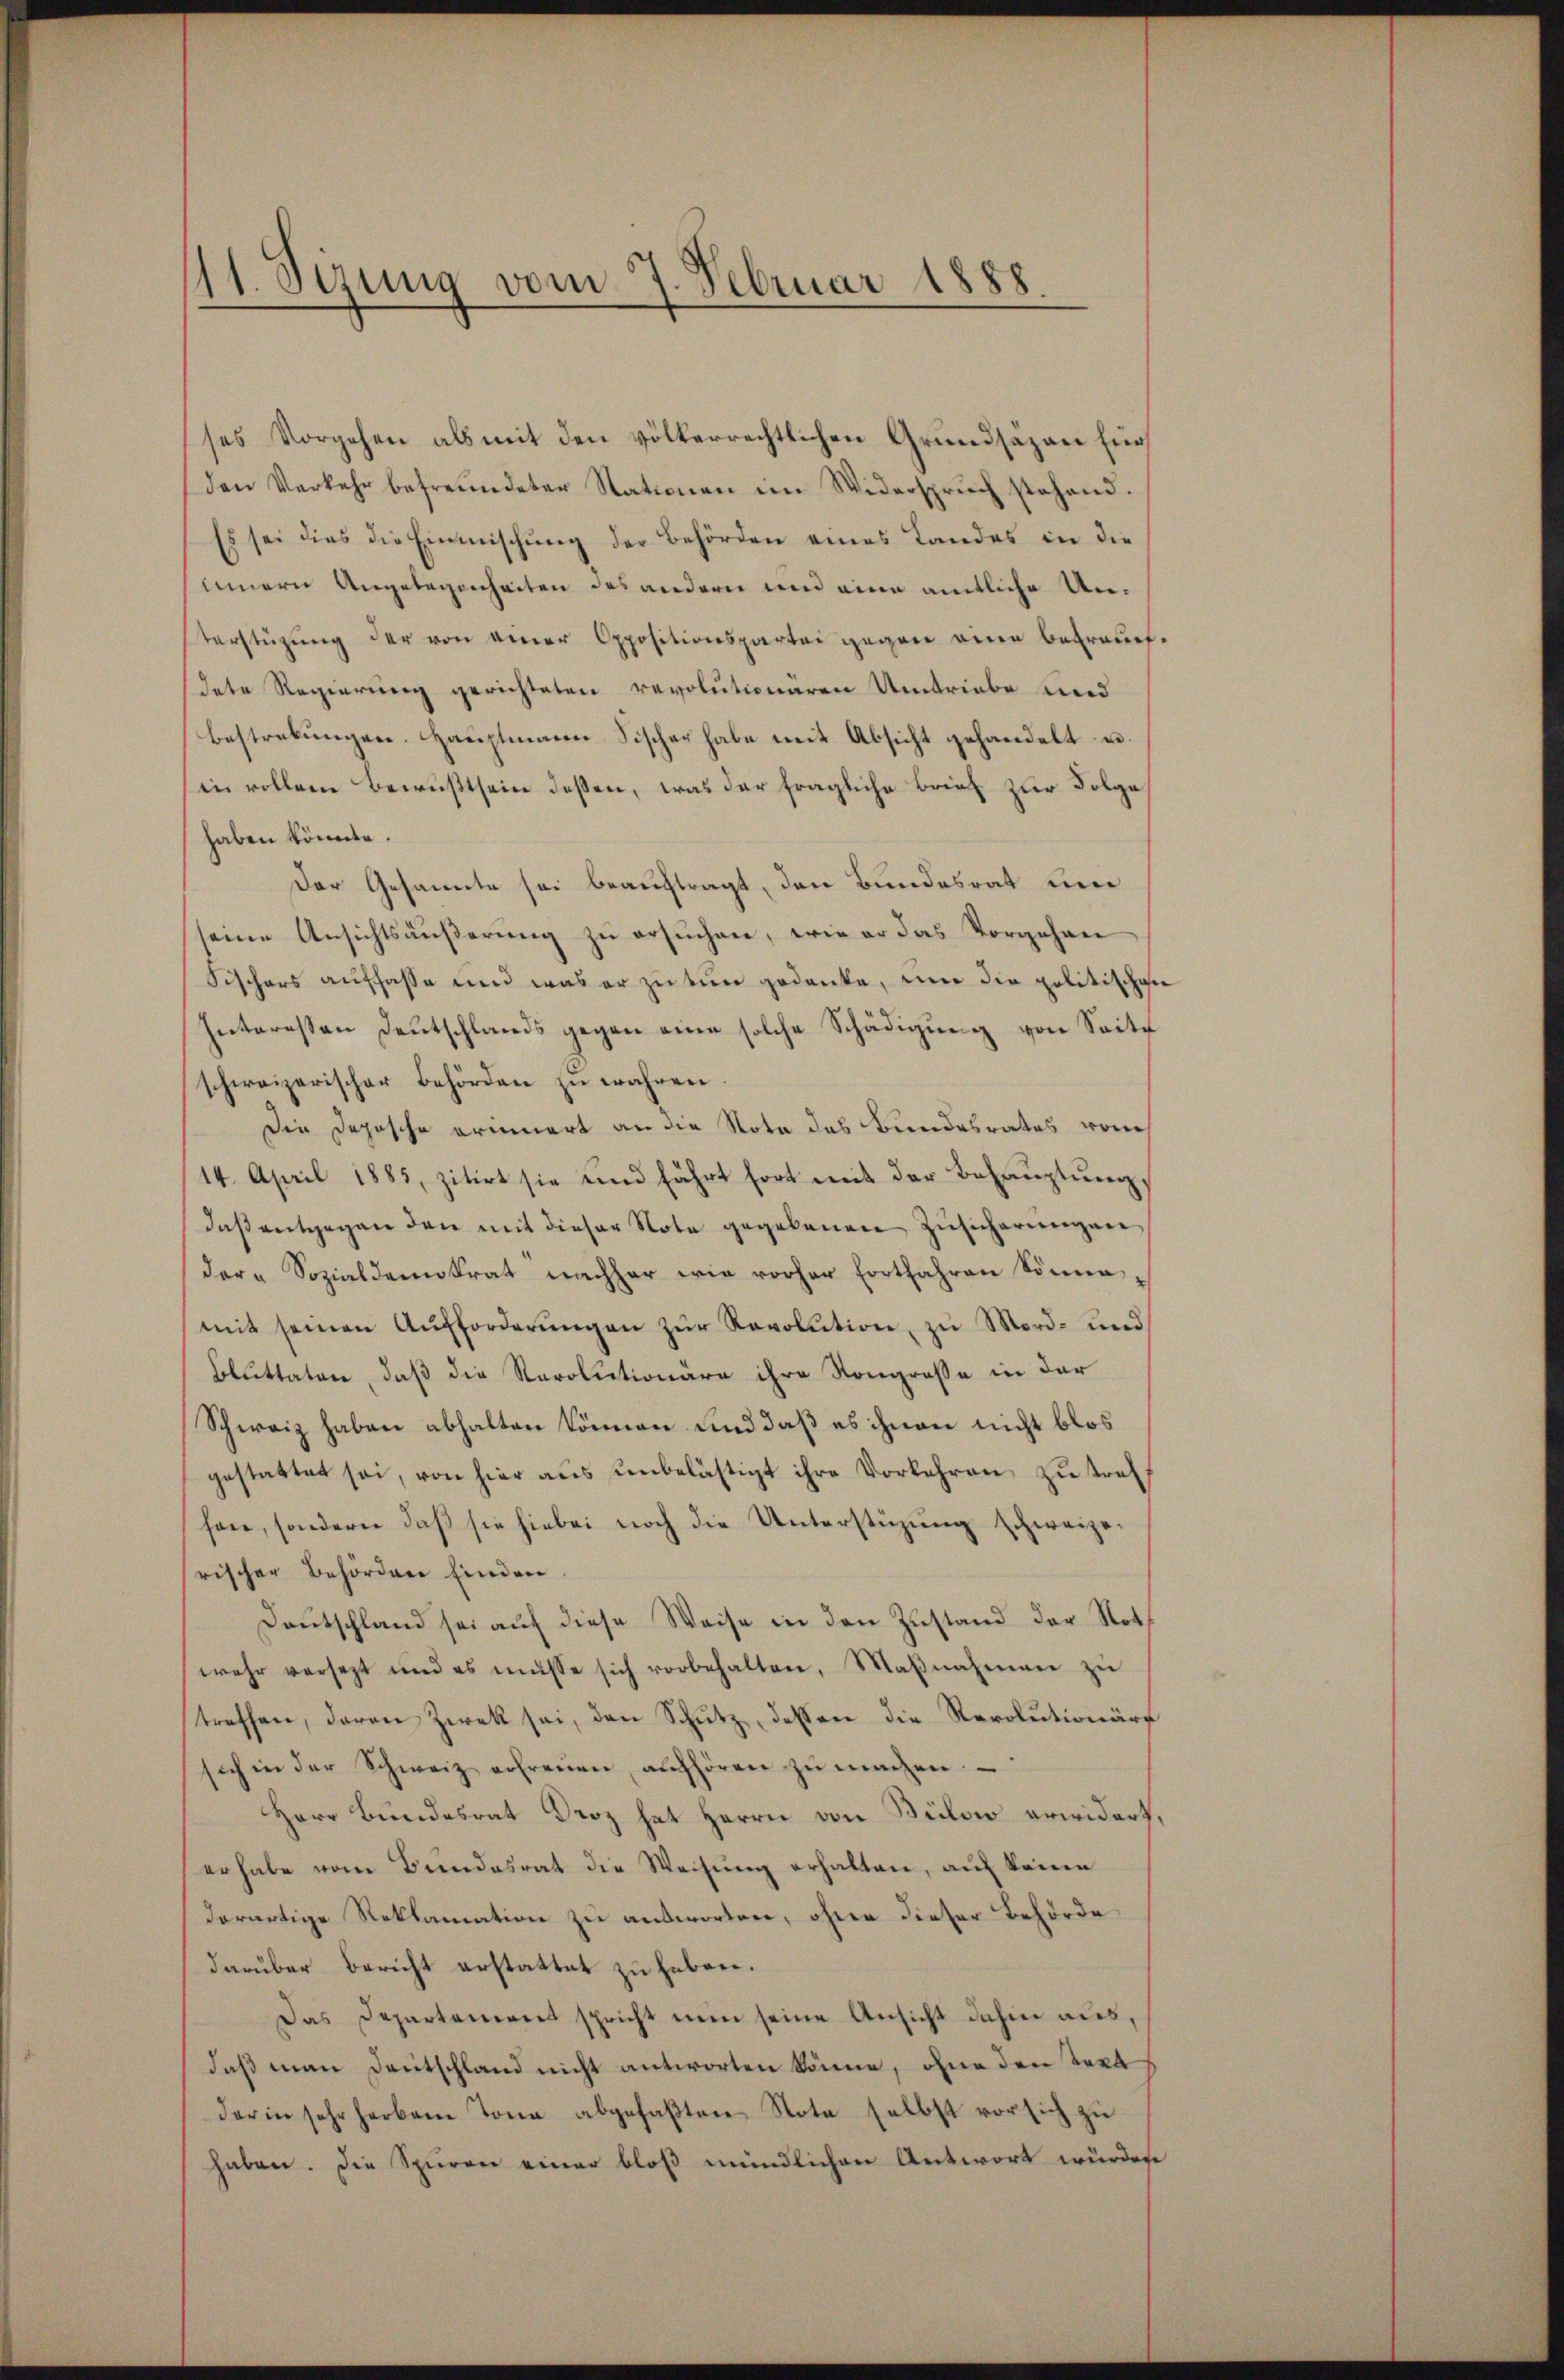
11. Sezung vom 7. Februar 1888.

ses Vorgehen als mit den völkerrechtlichen Grundsäzen für
den Verkehr befreundeter Nationen im Widersprŭch stehend.
Es sei dies die Einmischŭng der Behörden eines Landes in die
innern Angelegenheiten des andern und eine amtliche Unterstüzŭng der von einer Oppositionspartei gegen eine betraŭt.
dete Regierung gerichteten revolutionaren Umtriebe und
Bestreckungen. Hauptmann Fischer habe mit Absicht gehandelt u.
in vollem Bewußtsein deßen, was der fragliche Brief zur Folge
haben könnte.
Der Gesannte sei beauftragt, den Bundesrat dere
seine Ansichtsäŭβerŭng zŭ ersŭchen, wie er das Vorgehan
Fischers auffasse und was er zu tuer gedanke, und die politischen
Interessen Deutschlands gegen eine solche Schädigung von Seite
schweizerischer Behörden zŭ wahren.
Die Deposche erinnert an die Note des Bundesrates von
14. April 1885, zitirt sie und fährt fort mit der Behauptung,
daβ entgegen den mit dieser Note gegebenen Zŭsicherŭngen
der Sozialdemokrat nachher wie vorher fortfahren Sonna
mit seinen Aŭfforderŭngen zŭr Revolution, zu Mord- und
Bluttaten, daß die Karolitionäre ihre Kongroße in der
Schweiz haben abhalten können und daß es ihnen nicht blos
gestattet sei, von hier aŭs ŭnbelästigt ihre Vorkehren zŭ treff
hen, sondern daß sie hiebei noch die Unterstüzung schweizerischer Behördere finden
Deutschland sei auf diese Weise in den Zustand der Not
wehr versetzt und es müsse sich vorbehalten, Maβnahmen zŭ
treffen, daran zwek sei, den Schutz, dessere die Revolutionärs
sich in der Schweiz erfreuen aŭfhören zŭ machen
Herr Bundesrat Droz hat Herrn von Bülow erwidert,
erhabe vom Bundesrat die Weisung erhalten, auf keine
derartige Reklamation zu ausworten, ohne dieser Behörde
darüber Bericht erstattet zu haben.
Das Departement spricht nun seine Ansicht dahin aus,
daβ man deutschland nicht antworten könne, ohne den Taxa
darin sehr herbene Jona abgefaβten Nota selbst vor sich zu
haben. Die Spuren einer bloß mündlichen Antwort würden